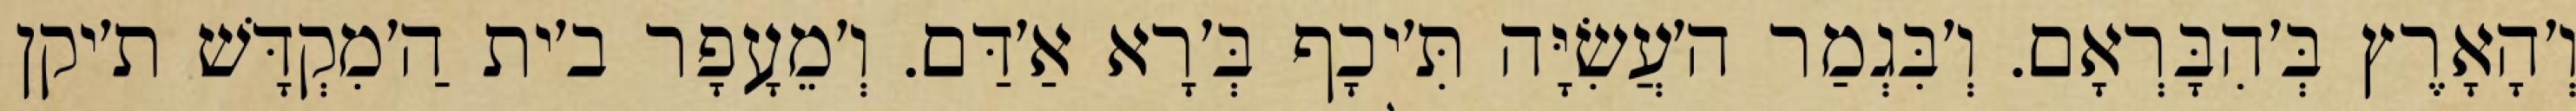
וְ׳הָאָרֶץ בְּ׳הִבָּרְאָם. וְ׳בִּגְמַר ה׳עֲשִׂיָּה תִּ׳יכָף בְּ׳רָא אַ׳דַּם. וְ׳מֵעָפָר ב׳ית הַ׳מִקְדָּשׁ ת׳יקן